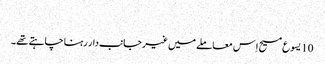
‏
10 یسوع مسیح اِس معاملے میں غیرجانب‌دار رہنا چاہتے تھے۔